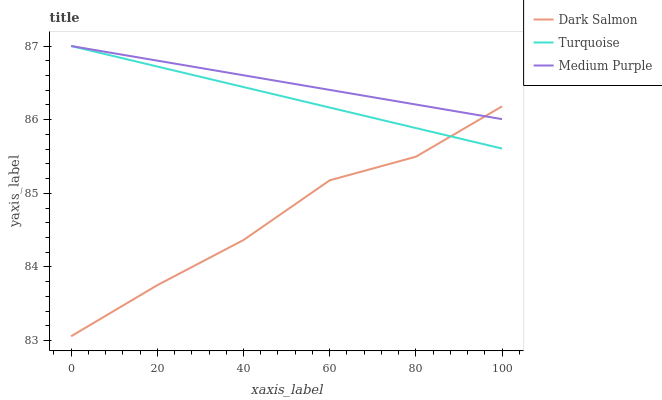
| xaxis_label | Dark Salmon | Turquoise | Medium Purple |
 | --- | --- | --- | --- |
 | 0 | 83.1 | 87 | 87 |
 | 20 | 83.8 | 86.7 | 86.8 |
 | 40 | 84.4 | 86.4 | 86.6 |
 | 60 | 85.2 | 86.2 | 86.4 |
 | 80 | 85.5 | 85.9 | 86.2 |
 | 100 | 86.2 | 85.6 | 86 |